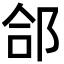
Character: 郃